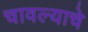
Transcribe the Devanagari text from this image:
चावल्याचे